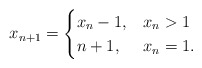
\begin{align*}x_{n+1} = \begin{cases} x_n-1, & x_n >1\\n+1, & x_n = 1.\end{cases}\end{align*}